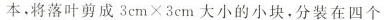
本，将落叶剪成$$3 c m \times 3 c m$$大小的小块。分装在四个